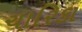
ચારિકા